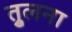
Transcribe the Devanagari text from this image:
तु्लना